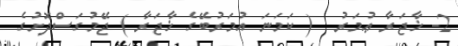
2- ޚާޖަރާ ޢުމަރު  ( ކަމަނަ އުމަރުބޭގެ ޚާޖަރާ ) ޖޭމުގަސްދޮށުގެ